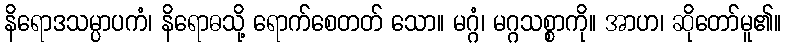
နိရောဒသမ္ပာပကံ၊ နိရောဓသို့ ရောက်စေတတ် သော။ မဂ္ဂံ၊ မဂ္ဂသစ္စာကို။ အာဟ၊ ဆိုတော်မူ၏။